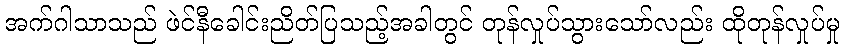
အက်ဂါသာသည် ဖဲင်နီခေါင်းညိတ်ပြသည့်အခါတွင် တုန်လှုပ်သွားသော်လည်း ထိုတုန်လှုပ်မှု